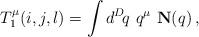
LaTeX: \begin{align*}T_1^\mu (i,j,l) = \int d^D\! q\,\, q^\mu \,\, {\bf N}(q)\,,\end{align*}